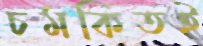
চমকিতই